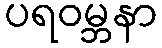
ပရဝမ္ဘနာ